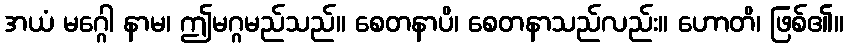
အယံ မဂ္ဂေါ နာမ၊ ဤမဂ္ဂမည်သည်။ စေတနာပိ၊ စေတနာသည်လည်း။ ဟောတိ၊ ဖြစ်၏။